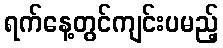
ရက်နေ့တွင်ကျင်းပမည့်